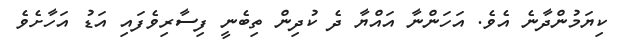
ކިޔަމުންދާނެ އެވެ. އަހަންނާ އައްޔާ ދެ ކުދިން ތިބެނީ ފިސާރިވެފައި އަޑު އަހާށެވެ